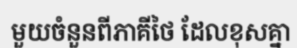
មួយចំនួនពីភាគីថៃ ដែលខុសគ្នា